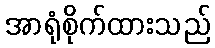
အာရုံစိုက်ထားသည်